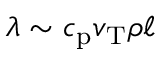
\lambda \sim c _ { \mathrm { p } } v _ { \mathrm { T } } \rho \ell